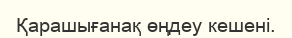
Қарашығанақ өңдеу кешені.